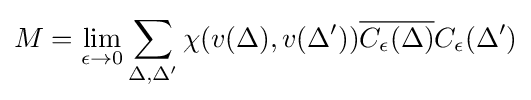
M=\lim _{\epsilon \rightarrow 0}\sum _{\Delta ,\Delta '}\chi (v(\Delta ),v(\Delta ')){\overline {C_{\epsilon }(\Delta )}}C_{\epsilon }(\Delta ')